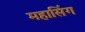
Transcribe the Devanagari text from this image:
महासिंग